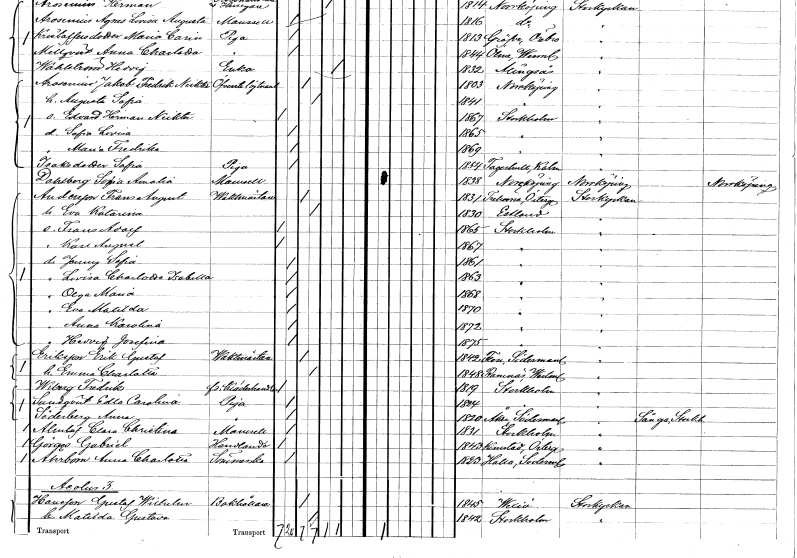
gt_parse: households: individuals: FN: Maria Fredrika
KON: K
CIV: O
FODAR: 1869
FODFORS: Stockholm
FN: Sofia
EN: Isaksdotter
YRKE: Piga
KON: K
CIV: O
FODAR: 1854
FODFORS: Fagerhult Kalmar län
FN: Sofia Amalia
EN: Dahlberg
KON: K
CIV: O
FODAR: 1838
FODFORS: Norrköping Östergötlands län
FN: Frans August
EN: Andersson
YRKE: Vaktmästare
KON: M
CIV: G
FODAR: 1831
FODFORS: Trehörna Östergötlands län
FN: Eva Katarina
KON: K
CIV: G
FODAR: 1830
FN: Frans Adolf
KON: M
CIV: O
FODAR: 1865
FODFORS: Stockholm
FN: Karl August
KON: M
CIV: O
FODAR: 1867
FODFORS: Stockholm
FN: Jenny Sofia
KON: K
CIV: O
FODAR: 1861
FODFORS: Stockholm
FN: Lovisa Charlotta Isabella
KON: K
CIV: O
FODAR: 1863
FODFORS: Stockholm
FN: Olga Maria
KON: K
CIV: O
FODAR: 1868
FODFORS: Stockholm
FN: Eva Matilda
KON: K
CIV: O
FODAR: 1870
FODFORS: Stockholm
FN: Anna Karolina
KON: K
CIV: O
FODAR: 1872
FODFORS: Stockholm
FN: Hedvig Josefina
KON: K
CIV: O
FODAR: 1875
FODFORS: Stockholm
FN: Erik Gustaf
EN: Eriksson
YRKE: Vaktmästare
KON: M
CIV: G
FODAR: 1842
FODFORS: Flen Södermanlands län
FN: Emma Charlotta
KON: K
CIV: G
FODAR: 1848
FODFORS: Ramnäs Västmanlands län
FN: Fredrik
EN: Wiberg
YRKE: Klädeshandlare f.d.
KON: M
CIV: O
FODAR: 1819
FODFORS: Stockholm
FN: Edla Carolina
EN: Sundqvist
YRKE: Piga
KON: K
CIV: O
FODAR: 1824
FODFORS: Stockholm
FN: Anna
EN: Söderberg
YRKE: Piga
KON: K
CIV: O
FODAR: 1820
FODFORS: Åker Södermanlands län
FN: Clara Christina
EN: Almlöf
KON: K
CIV: O
FODAR: 1831
FODFORS: Stockholm
FN: Gabriel
EN: Görges
YRKE: Handlande
KON: M
CIV: O
FODAR: 1843
FODFORS: Kimstad Östergötlands län
FN: Anna Charlotta
EN: Åhrbom
YRKE: Sömmerska
KON: K
CIV: O
FODAR: 1823
FODFORS: Halla Södermanlands län
FN: Gustaf Wilhelm
EN: Hansson
YRKE: Bokhållare
KON: M
CIV: G
FODAR: 1845
FODFORS: Växjö Kronobergs län
FN: Matilda Gustava
KON: K
CIV: G
FODAR: 1842
FODFORS: Stockholm